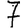
Digit: 7